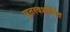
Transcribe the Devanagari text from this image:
पुनरवशोषित